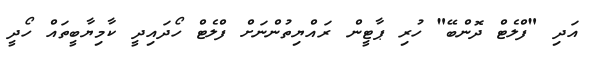
އަދި "ފްލެޓް ދޮންބޭ" ހުރި ޕާޓީން ރައްޔިތުންނަށް ފްލެޓް ހޯދައިދީ ކާމިޔާބީތައް ހޯދީ